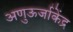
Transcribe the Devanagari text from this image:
अणुऊर्जाकेंद्र